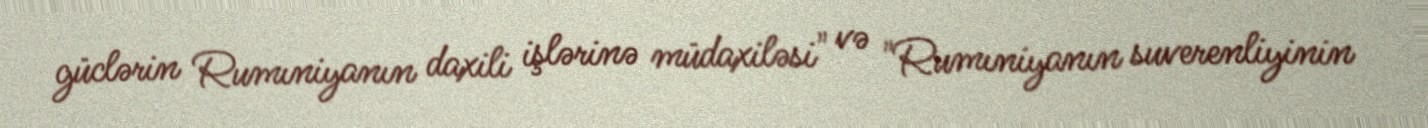
güclərin Rumıniyanın daxili işlərinə müdaxiləsi" və "Rumıniyanın suverenliyinin